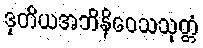
ဒုတိယအဘိနိဝေသသုတ္တံ